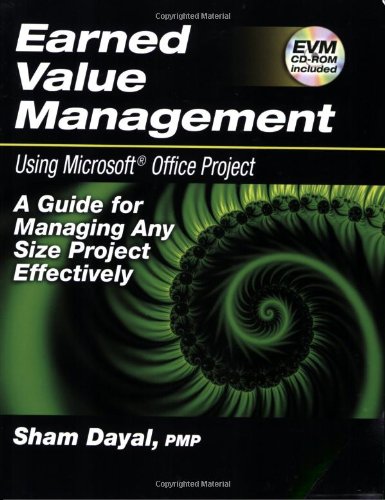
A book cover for Earned Value Management Using Microsoft Office Project: A Guide for Managing Any Size Project Effectively; Sham Dayal; Computers & Technology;